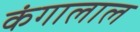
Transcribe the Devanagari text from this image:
कंगालाल